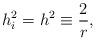
LaTeX: \begin{align*}h^{2}_{i} =h^{2}\equiv \frac{2}{r}, \end{align*}